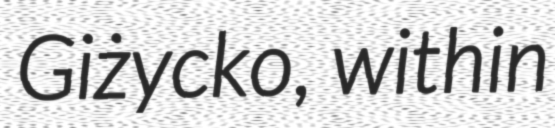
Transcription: Giżycko, within